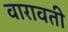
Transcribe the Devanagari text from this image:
वारावती